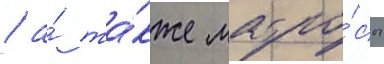
/ а́ та́кже матро́сы